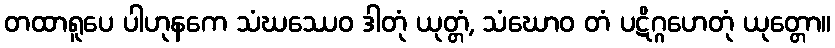
တထာရူပေ ပါဟုနကေ သံဃဿေဝ ဒါတုံ ယုတ္တံ, သံဃောဝ တံ ပဋိဂ္ဂဟေတုံ ယုတ္တော။